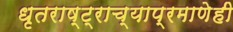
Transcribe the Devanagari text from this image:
धृतराष्ट्राच्याप्रमाणेही